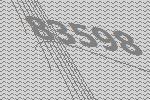
83598